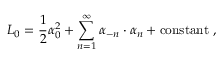
L _ { 0 } = { \frac { 1 } { 2 } } \alpha _ { 0 } ^ { 2 } + \sum _ { n = 1 } ^ { \infty } \alpha _ { - n } \cdot \alpha _ { n } + \mathrm { c o n s t a n t } \ ,